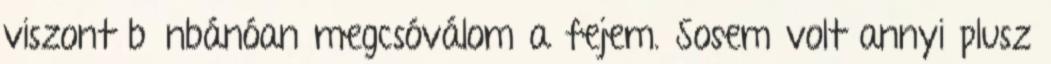
viszont bűnbánóan megcsóválom a fejem. Sosem volt annyi plusz